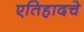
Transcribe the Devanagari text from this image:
एतिहादचे